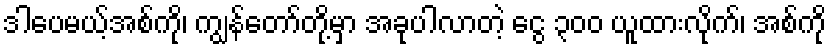
ဒါပေမယ့်အစ်ကို၊ ကျွန်တော်တို့မှာ အခုပါလာတဲ့ ငွေ ၃၀၀ ယူထားလိုက်၊ အစ်ကို